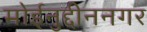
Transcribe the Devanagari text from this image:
मोईनुद्दीननगर